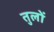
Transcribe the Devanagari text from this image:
तुलों